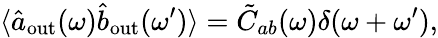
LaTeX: \langle\hat{a}_{\mathrm{out}}(\omega)\hat{b}_{\mathrm{out}}(\omega^{\prime})\rangle=\tilde{C}_{ab}(\omega)\delta(\omega+\omega^{\prime}),